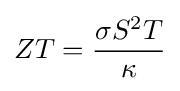
ZT={\sigma S^{2}T \over \kappa }